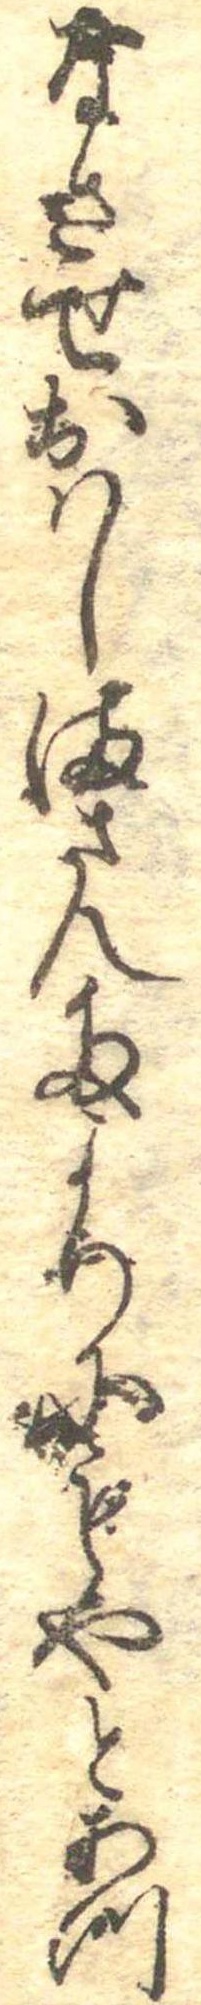
なさせおはしまさんたよりにもやとあつ